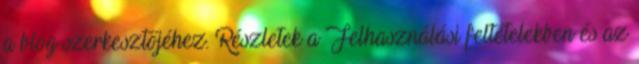
a blog szerkesztőjéhez. Részletek a Felhasználási feltételekben és az